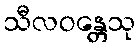
သီလဝန္တေသု